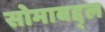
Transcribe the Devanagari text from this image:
सोमाबद्द्ल